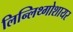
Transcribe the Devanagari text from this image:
लिन्लिथ्गोशायर